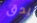
يدق